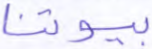
بيوتنا